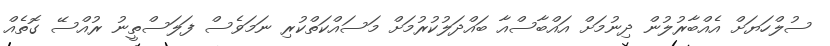
ސުލްހަޔަށް އެއްބާރުލުން ދިނުމަށް އައްބާސްއާ ބައްދަލުކުރުމަށް މަސައްކަތްކުރި ނަމަވެސް ފަލަސްތީނު ރުއްސޭ ގޮތެއް